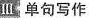
Ⅲ 单句写作